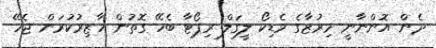
ދެން އޮންނާނީ މިރުޒާގެ މެޑިކޯ ލީގަލް ރިޕޯޓާ ބެހޭ ގޮތުން ހާޒިރުކުރަން ޖެހޭ